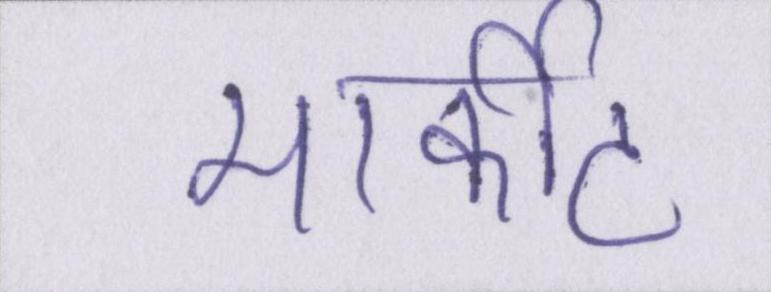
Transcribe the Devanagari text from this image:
मार्कीट